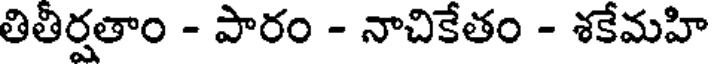
తితీర్షతాం - పారం - నాచికేతం - శకేమహి